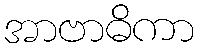
အာဗာဓိကာ